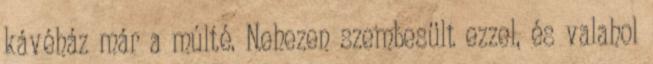
kávéház már a múlté. Nehezen szembesült ezzel, és valahol